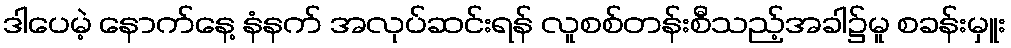
ဒါပေမဲ့ နောက်နေ့ နံနက် အလုပ်ဆင်းရန် လူစစ်တန်းစီသည့်အခါ၌မူ စခန်းမှူး